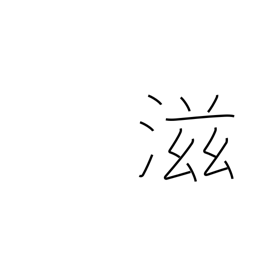
Meaning: more & more